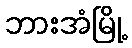
ဘားအံမြို့